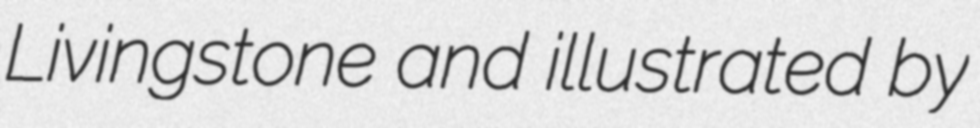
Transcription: Livingstone and illustrated by